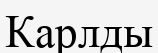
Карлды